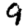
Digit: 9